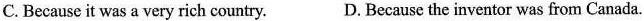
C. Because it was a very rich country. D. Because the inventor was from Canada.